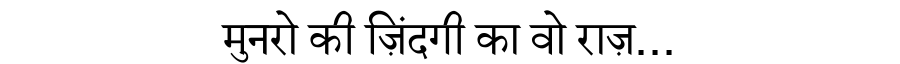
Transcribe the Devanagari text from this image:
मुनरो की ज़िंदगी का वो राज़...